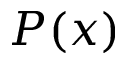
P ( x )